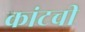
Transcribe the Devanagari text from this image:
कांटची